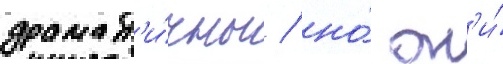
драмат'и́чны / но́ он'и́